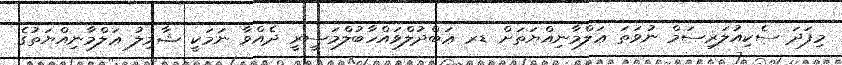
މިފަދަ ސެކިއުލަރިސަމް ނުވަތަ ޢަލްމާނިއްޔަތަށް ޑރ ޢަބްދުލްވައްހާބުލްމަސީރީ ދެއްވާ ނަމަކީ ޝާމިލު ޢަލްމާނިއްޔަތުގެ